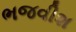
ભજવીશ